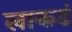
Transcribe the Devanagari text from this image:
लाकडं